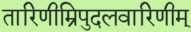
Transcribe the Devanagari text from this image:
तारिणीम्रिपुदलवारिणीम्